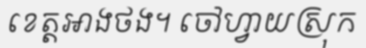
ខេត្តអាងថង។ ចៅហ្វាយស្រុក